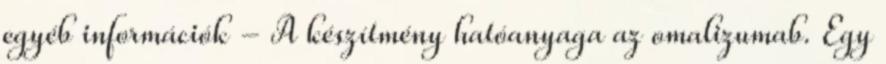
egyéb információk - A készítmény hatóanyaga az omalizumab. Egy